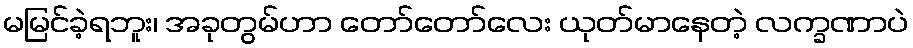
မမြင်ခဲ့ရဘူး၊ အခုတွမ်ဟာ တော်တော်လေး ယုတ်မာနေတဲ့ လက္ခဏာပဲ